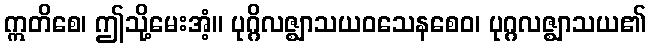
ဣတိစေ၊ ဤသို့မေးအံ့။ ပုဂ္ဂိလဇ္ဈာသယဝသေနစေဝ၊ ပုဂ္ဂလဇ္ဈာသယ၏